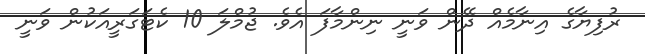
ރުފިޔާގެ އިނާމެއް ދޭން ވަނީ ނިންމާފަ އެވެ. ޖުމްލަ 10 ކެޓަގަރީއަކުން ވަނީ